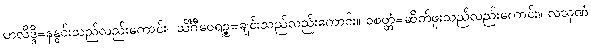
ဟလိဒ္ဒိ=နနွင်းသည်လည်းကောင်း။ သိင်္ဂီဝေရဉ္စ=ချင်းသည်လည်းကောင်း။ ဝစတ္တံ=ဆိတ်ဖူးသည်လည်းကောင်း။ လသုဏံ